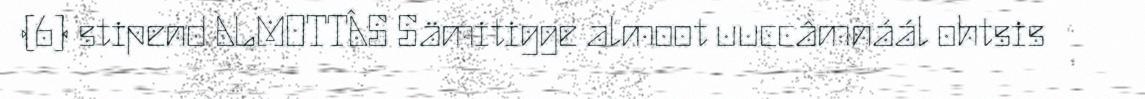
(6) stipend ALMOTTÂS Sämitigge almoot uuccâmnáál ohtsis